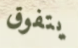
يتفوق